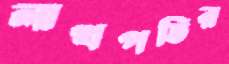
লাখপতির